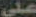
علي